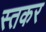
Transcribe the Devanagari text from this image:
स्तकर